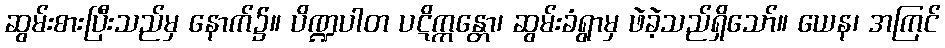
ဆွမ်းစားပြီးသည်မှ နောက်၌။ ပိဏ္ဍပါတ ပဋိက္ကန္တော၊ ဆွမ်းခံရွာမှ ဖဲခဲ့သည်ရှိသော်။ ယေန၊ အကြင်